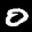
Label: 0